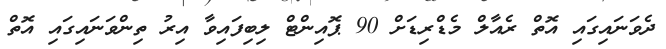
ދެވަނައިގައި އޮތް ރެއާލް މެޑްރިޑަށް 90 ޕޮއިންޓް ލިބިފައިވާ އިރު ތިންވަނައިގައި އޮތް